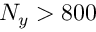
N _ { y } > 8 0 0